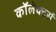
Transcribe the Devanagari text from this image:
कॉलेक्टर्स